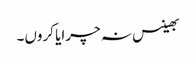
بھینس نہ چرایا کروں۔